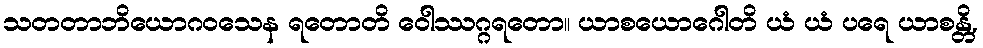
သတတာဘိယောဂဝသေန ရတောတိ ဝေါဿဂ္ဂရတော။ ယာစယောဂေါတိ ယံ ယံ ပရေ ယာစန္တိ,